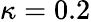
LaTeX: \kappa=0.2